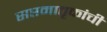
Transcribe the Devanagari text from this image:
सप्तमातृकांची